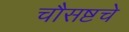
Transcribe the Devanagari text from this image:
चौसष्टचे